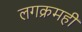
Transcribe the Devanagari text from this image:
लगक्रमही